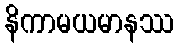
နိကာမယမာနဿ